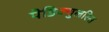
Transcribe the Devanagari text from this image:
पेडिक्युलरिस